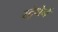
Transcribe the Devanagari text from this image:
स्ट्रेथेर्न